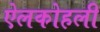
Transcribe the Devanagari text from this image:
ऐलकोहली